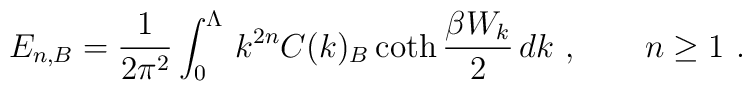
E_{n,B}=\frac1{2\pi^2}\int_0^\Lambda\,k^{2n}C(k)_B         \coth\frac{\beta W_k}2\,dk\ ,\qquad n\ge1\ .